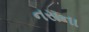
નસના